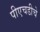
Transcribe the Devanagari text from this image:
पीएचडीचे